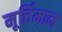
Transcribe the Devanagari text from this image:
मूर्त्तिमान